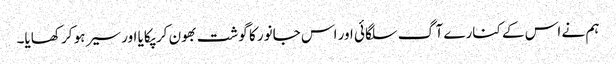
ہم نے اس کے کنارے آگ سلگائی اور اس جانور کا گوشت بھون کر پکایا اور سیر ہو کر کھایا۔